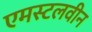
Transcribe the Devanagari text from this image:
एमस्टलवीन